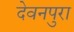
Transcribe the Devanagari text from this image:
देवनपुरा